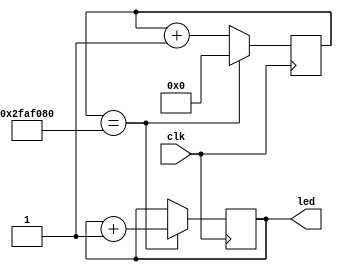
`timescale 1ns / 1ps

module blink(output reg [3:0] led,
             input clk);

   reg [26:0]      counter;

   always @(posedge clk) begin
      if (counter == 27'd50000000) begin
         led <= led + 1;
         counter <= 0;
      end
      else begin
         counter <= counter +1;
      end
   end

endmodule